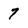
Character: 7